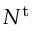
N ^ { \mathrm { t } }